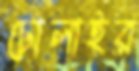
ঢোলাইর